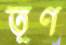
তূণ